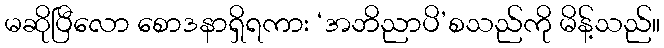
မဆိုပြီလော စောဒနာရှိရကား ‘အဘိညာပိ’စသည်ကို မိန့်သည်။